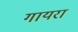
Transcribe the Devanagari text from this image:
गायरा